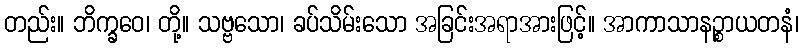
တည်း။ ဘိက္ခဝေ၊ တို့။ သဗ္ဗသော၊ ခပ်သိမ်းသော အခြင်းအရာအားဖြင့်။ အာကာသာနဉ္စာယတနံ၊